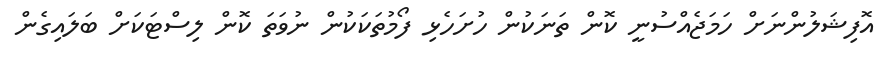
އޮފިޝަލުންނަށް ހަމަޖެއްސުނީ ކޮން ތަނަކުން ހުށަހެޅި ފޯމުތަކަކުން ނުވަތަ ކޮން ލިސްޓަކަށް ބަލައިގެން